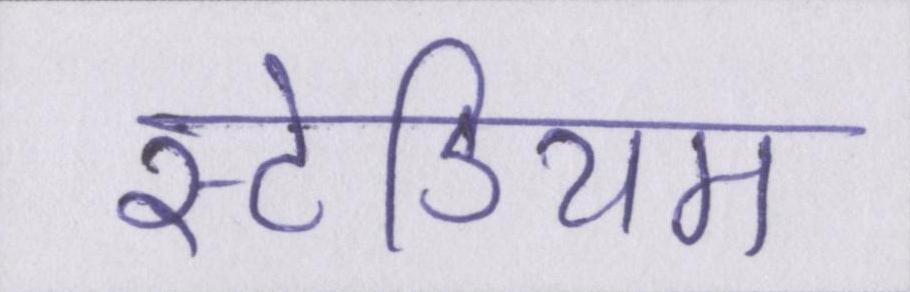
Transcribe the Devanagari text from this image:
स्टेडियम